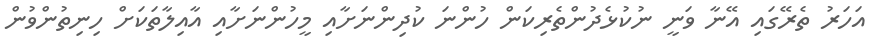
އަހަރު ތެރޭގައި އޭނާ ވަނީ ނުކުޅެދުންތެރިކަން ހުންނަ ކުދިންނަށާއި މީހުންނަށާއި އާއިލާތަކަށް ހިނިތުންވުން